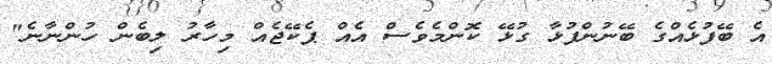
އެ ބޭފުޅެއްގެ ބޭނުންފުޅާ ގުޅޭ ކޮންމެވެސް އެއް ޕެކޭޖެއް މިހާރު ލިބެން ހުންނާނެ"